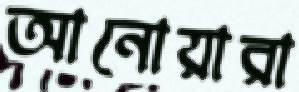
আনোয়ারা